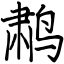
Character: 鹔